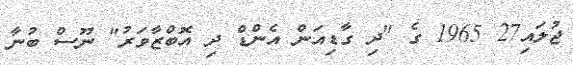
ޖުލައި27 1965 ގެ "ދި ގާޑިއަން އެންޑް ދި އޮބްޒާވަރު" ނޫސް ބުނާ